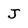
Character: J